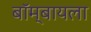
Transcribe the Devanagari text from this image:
बॉम्बायला